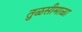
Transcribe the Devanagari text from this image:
तुळसीमाळा